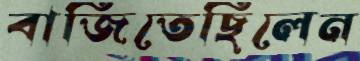
বাজিতেছিলেন